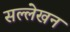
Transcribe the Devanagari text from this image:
सल्लेखन